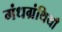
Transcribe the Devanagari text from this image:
गंधग्रंथियाँ